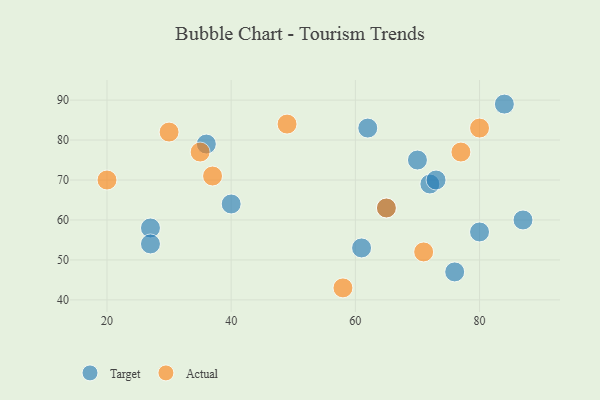
{"axis": {"x": "GDP", "y": "Life Expectancy"}, "legend": ["Actual", "Target"], "data": [{"x": "27", "y": 58, "type": "Target"}, {"x": "61", "y": 53, "type": "Target"}, {"x": "62", "y": 83, "type": "Target"}, {"x": "72", "y": 69, "type": "Target"}, {"x": "65", "y": 63, "type": "Target"}, {"x": "70", "y": 75, "type": "Target"}, {"x": "40", "y": 64, "type": "Target"}, {"x": "73", "y": 70, "type": "Target"}, {"x": "27", "y": 54, "type": "Target"}, {"x": "76", "y": 47, "type": "Target"}, {"x": "80", "y": 57, "type": "Target"}, {"x": "87", "y": 60, "type": "Target"}, {"x": "84", "y": 89, "type": "Target"}, {"x": "36", "y": 79, "type": "Target"}, {"x": "80", "y": 83, "type": "Actual"}, {"x": "65", "y": 63, "type": "Actual"}, {"x": "37", "y": 71, "type": "Actual"}, {"x": "20", "y": 70, "type": "Actual"}, {"x": "49", "y": 84, "type": "Actual"}, {"x": "71", "y": 52, "type": "Actual"}, {"x": "58", "y": 43, "type": "Actual"}, {"x": "77", "y": 77, "type": "Actual"}, {"x": "35", "y": 77, "type": "Actual"}, {"x": "30", "y": 82, "type": "Actual"}]}